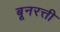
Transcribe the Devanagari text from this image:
बूनरत्ती